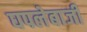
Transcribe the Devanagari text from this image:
घपलेबाजी